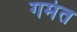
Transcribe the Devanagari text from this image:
गमंत